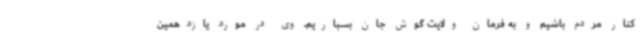
کنار مردم باشیم و به فرمان ولایت گوش جان بسپاریم. وی در مورد یازدهمین